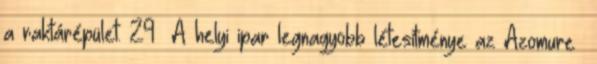
a raktárépület. 29 A helyi ipar legnagyobb létesítménye az Azomureș